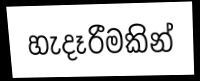
හැදෑරීමකින්